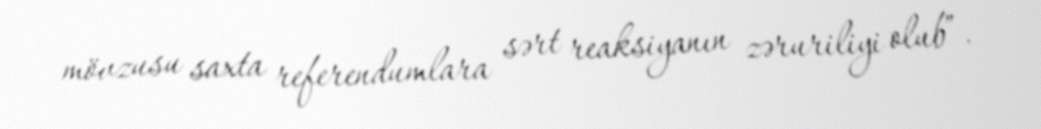
mövzusu saxta referendumlara sərt reaksiyanın zəruriliyi olub”.